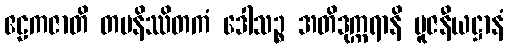
ဧဠကဇာတိ တပနိဿိတကံ ဒေါသဉ္စ အတိဒုက္ကရာနိ ပူဇနီယဋ္ဌာနံ